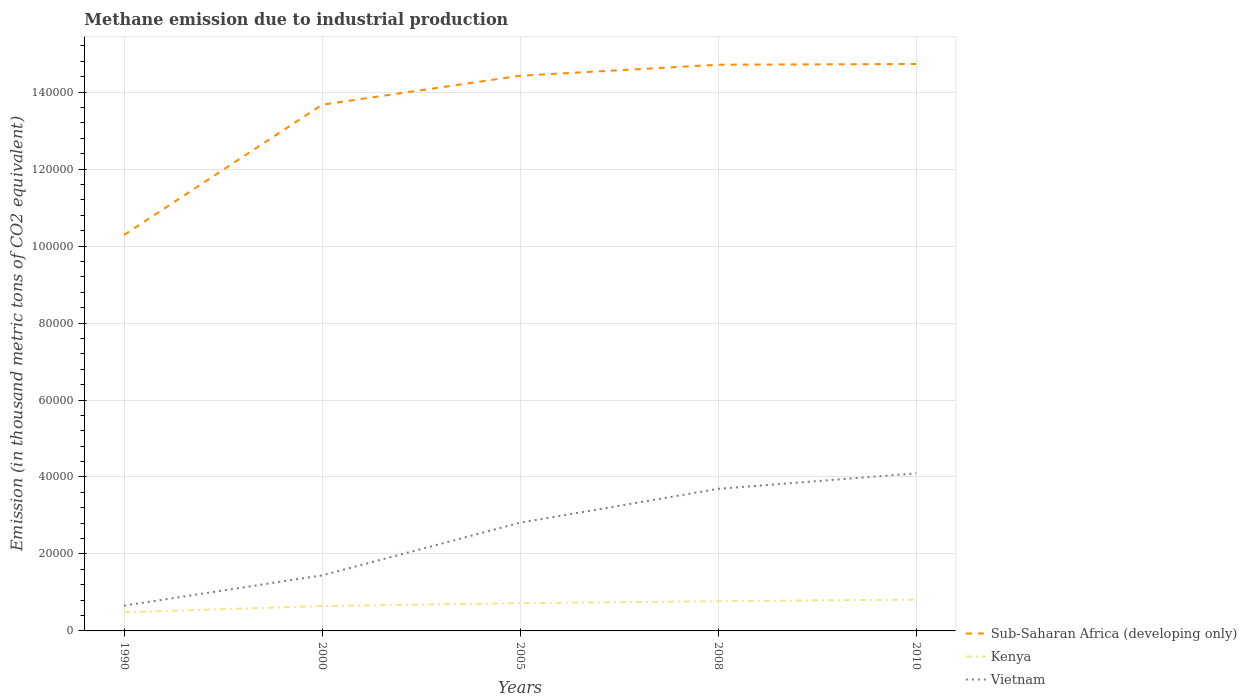
| Years | Sub-Saharan Africa (developing only) | Kenya | Vietnam |
 | --- | --- | --- | --- |
 | 1990 | 1.03e+05 | 4.85e+03 | 6.57e+03 |
 | 2000 | 1.37e+05 | 6.46e+03 | 1.44e+04 |
 | 2005 | 1.44e+05 | 7.22e+03 | 2.81e+04 |
 | 2008 | 1.47e+05 | 7.72e+03 | 3.69e+04 |
 | 2010 | 1.47e+05 | 8.14e+03 | 4.09e+04 |